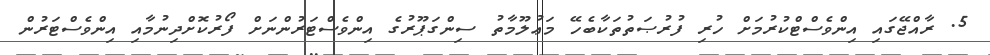
5. ރާއްޖޭގައި އިންވެސްޓްކުރުމަށް ހުރި ފުރުޞަތުތަކާބެހޭ މަޢުލޫމާތު ސިންގަޕޫރުގެ އިންވެސްޓަރުންނަށް ފޯރުކޮށްދިނުމާއި އިންވެސްޓަރުން